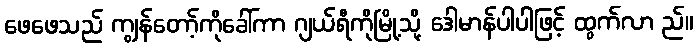
ဖေဖေသည် ကျွန်တော့်ကိုခေါ်ကာ ဂျယ်ရီကိုမြို့သို့ ဒေါမာန်ပါပါဖြင့် ထွက်လာ ည်။